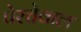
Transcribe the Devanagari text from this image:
पेरचेवाल